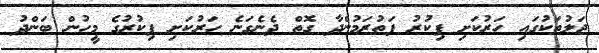
ޖަލުތަކުގައި ހަރުކަށި ފިކުރު ފަތުރަމުންދާ ގޮތް ދެނެގަނެ ހަރުކަށި ފިކުރުގެ މީހުން ބަންދު